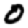
Digit: 0